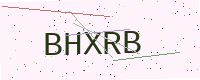
Text: BHXRB